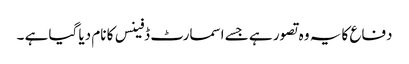
دفاع کا یہ وہ تصور ہے جسے اسمارٹ ڈفینس کا نام دیا گیا ہے ۔